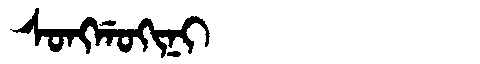
Manchu: ᠰᠣᠩᡤᠣᡴᡳᠨᡳ
Romanization: SONGGOKINI